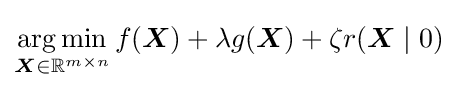
{\underset {{\boldsymbol {X}}\in \mathbb {R} ^{m\times n}}{\arg \min }}\,f({\boldsymbol {X}})+\lambda g({\boldsymbol {X}})+\zeta r({\boldsymbol {X}}\mid 0)